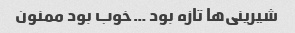
شیرینی‌ها تازه بود …خوب بود ممنون